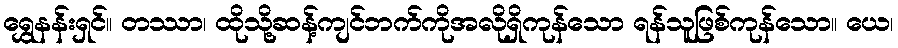
ရွှေနန်းရှင်။ တဿာ၊ ထိုသို့ဆန့်ကျင်ဘက်ကိုအလိုရှိကုန်သော ရန်သူဖြစ်ကုန်သော။ ယေ၊